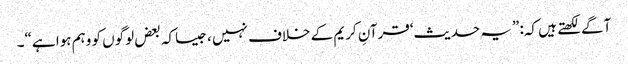
آگے لکھتے ہیں کہ: ”یہ حدیث‘قرآنِ کریم کے خلاف نہیں ، جیساکہ بعض لوگوں کو وہم ہوا ہے“۔